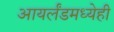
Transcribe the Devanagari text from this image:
आयर्लंडमध्येही